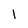
Character: 1